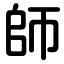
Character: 師